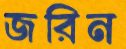
জরিন